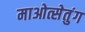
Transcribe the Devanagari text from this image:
माओत्सेतुंग